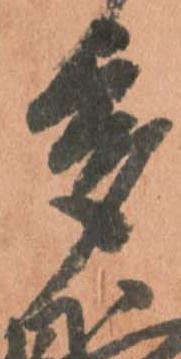
多